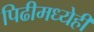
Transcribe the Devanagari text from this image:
पिढीमध्येही